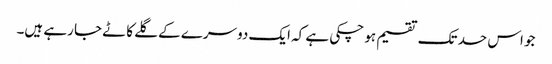
جو اس حد تک تقسیم ہو چکی ہے کہ ایک دوسرے کے گلے کاٹے جا رہے ہیں۔